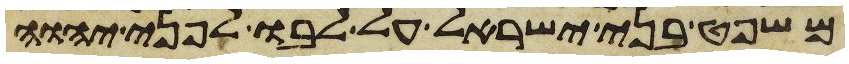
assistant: משפט בני ישראל על לבו לפני יהוה